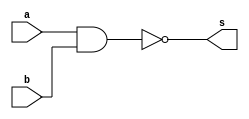
// ---------------------
// Exercicio0001 - NAND
// Nome: Lucas Cardoso
// ---------------------
// ---------------------
// -- nand gate
// ---------------------
module nandgate ( output s,
input a,
input b);
assign s = ~(a&b);
endmodule //
// ---------------------
// -- test nandgate
// ---------------------
module testnandgate;
// ------------------------- dados locais
reg a,b; // definir registrador
wire s; // definir conexao (fio)
// ------------------------- instancia
nandgate NAND1 (s, a, b);
// ------------------------- preparacao
initial begin:start
a=0;
b=0;
end
// ------------------------- parte principal
initial begin:main
$display("Exercicio0001 - Lucas Cardoso - 441694");
$display("Test NAND gate");
$display("\na & b = s\n");
a=0; b=0;
#1 $display("%b & %b = %b", a, b, s);
a=0; b=1;
#1 $display("%b & %b = %b", a, b, s);
a=1; b=0;
#1 $display("%b & %b = %b", a, b, s);
a=1; b=1;
#1 $display("%b & %b = %b", a, b, s);
end
endmodule // testnandgate